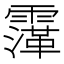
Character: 䨰